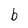
Character: b